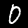
Digit: 0